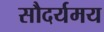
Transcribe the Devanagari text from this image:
सौदर्यमय